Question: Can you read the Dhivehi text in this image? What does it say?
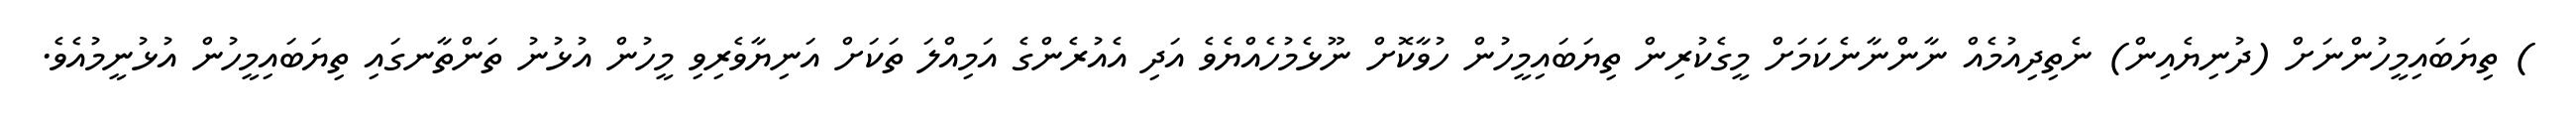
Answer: ) ތިޔަބައިމީހުންނަށް (ދުނިޔެއިން) ނެތިދިއުމެއް ނާންނާނެކަމަށް މީގެކުރިން ތިޔަބައިމީހުން ހުވާކޮށް ނޫޅެމުހެއްޔެވެ އަދި އެއުރެންގެ އަމިއްލަ ތަކަށް އަނިޔާވެރިވި މީހުން އުޅުނު ތަންތާނގައި ތިޔަބައިމީހުން އުޅުނީމުއެވެ.